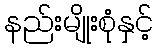
နည်းမျိုးစုံနှင့်